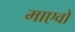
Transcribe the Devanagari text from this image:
माएवो